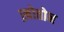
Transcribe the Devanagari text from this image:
ख़ोतोन